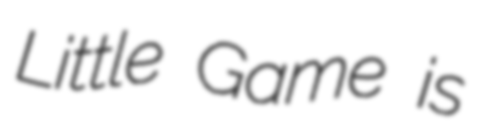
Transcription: Little Game is